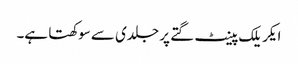
ایکریلک پینٹ گتے پر جلدی سے سوکھتا ہے۔